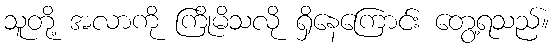
သူတို့ အလာကို ကြိုမိသလို ရှိနေကြောင်း တွေ့ရသည်။